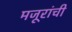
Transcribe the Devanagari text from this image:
मजूरांची